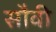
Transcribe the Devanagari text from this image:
सौवी